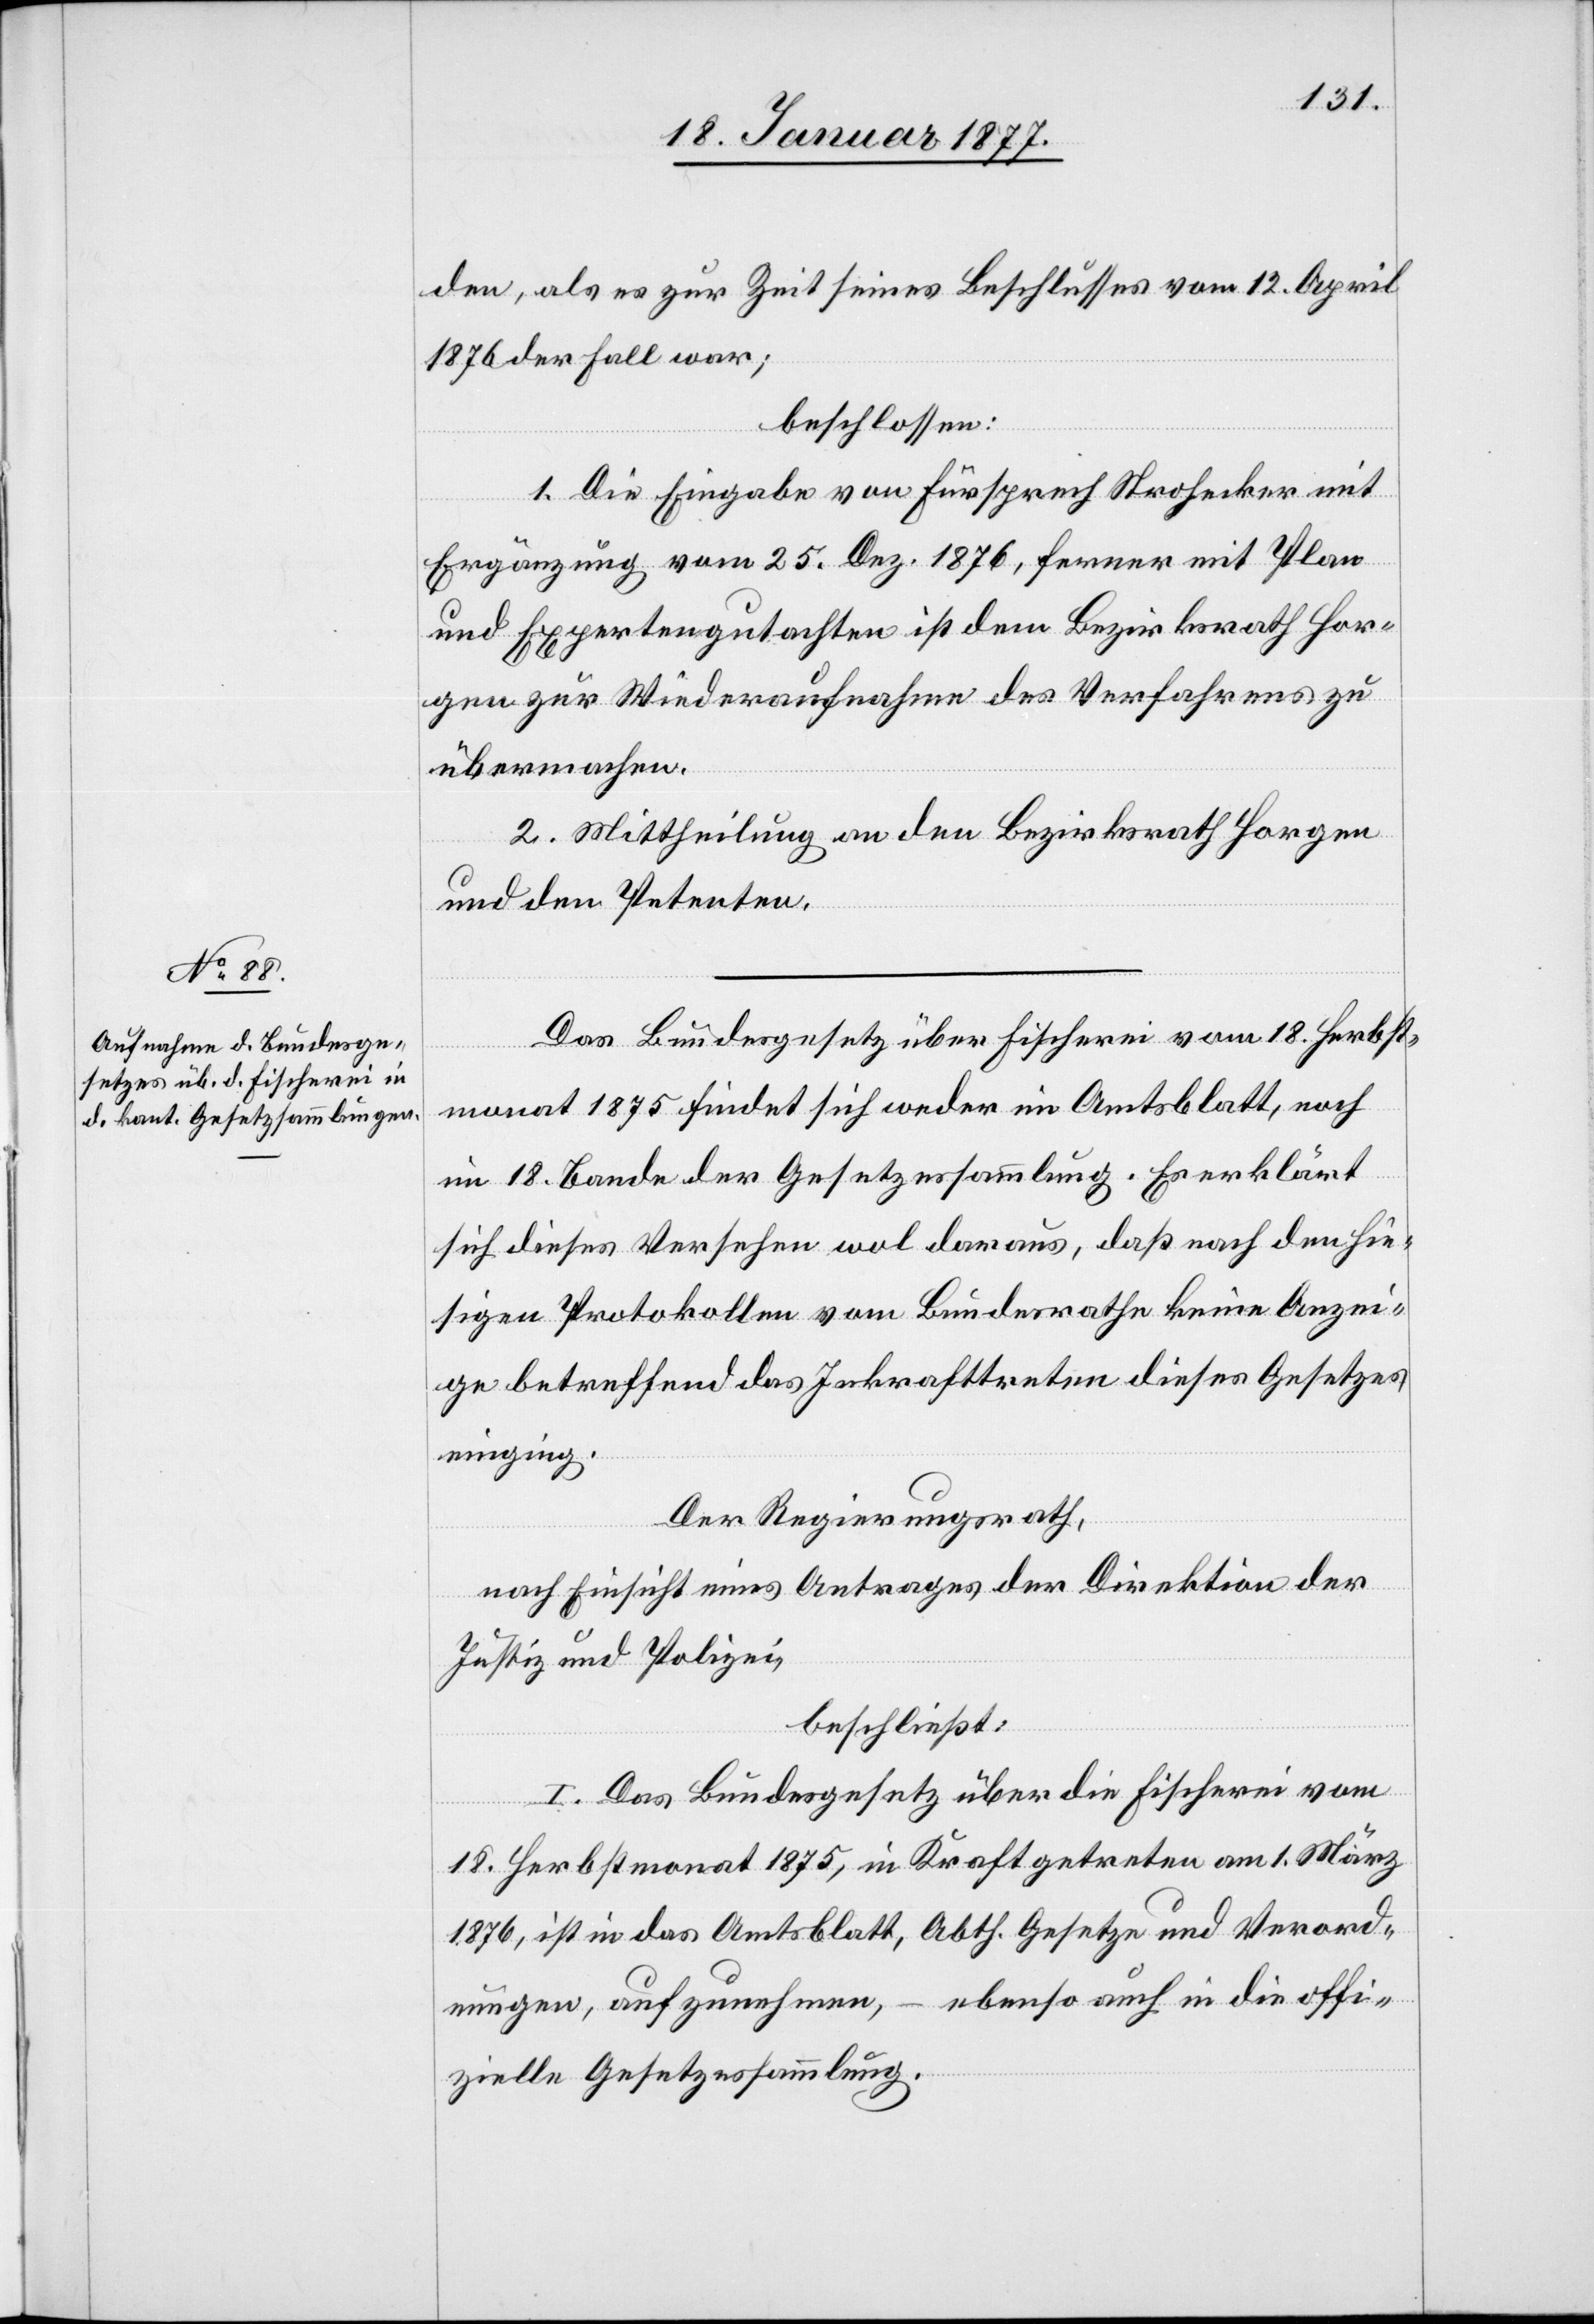
den, als es zur Zeit seines Beschlusses vom 12. April
1876 der Fall war;
beschlossen:
1. Die Eingabe von Fürsprech Strohecker mit
Ergänzung vom 25. Dez. 1876, ferner mit Plan
und Expertengutachten ist dem Bezirksrath Hor¬
gen zur Wiederaufnahme des Verfahrens zu
übermachen.
2. Mittheilung an den Bezirksrath Horgen
und den Petenten.
Das Bundesgesetz über Fischerei vom 18. Herbst¬
monat 1875 findet sich weder im Amtsblatt, noch
im 18. Bande der Gesetzessammlung. Es erklärt
sich dieses Versehen wol daraus, daß nach den hie¬
sigen Protokollen vom Bundesrathe keine Anzei¬
ge betreffend das Inkrafttreten dieses Gesetzes
einging.
Der Regierungsrath,
nach Einsicht eines Antrages der Direktion der
Justiz und Polizei,
beschließt:
1. Das Bundesgesetz über die Fischerei vom
18. Herbstmonat 1875, in Kraft getreten am 1. März
1876, ist in das Amtsblatt, Abth. Gesetze und Verord¬
ebenso auch in die offi¬
nungen, aufzunehmen,
zielle Gesetzessammlung.